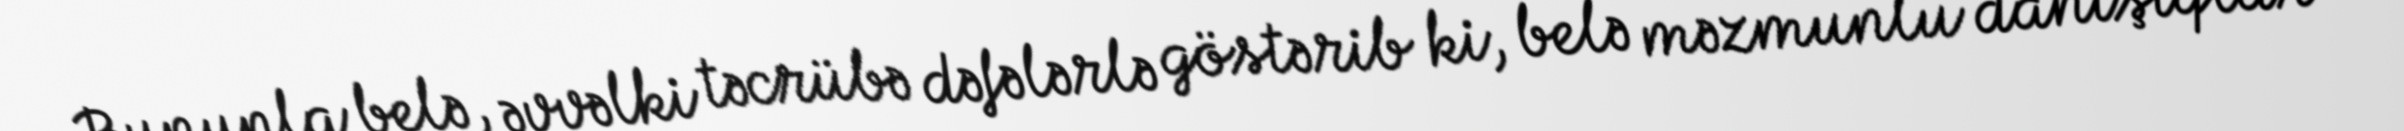
Bununla belə, əvvəlki təcrübə dəfələrlə göstərib ki, belə məzmunlu danışıqlar